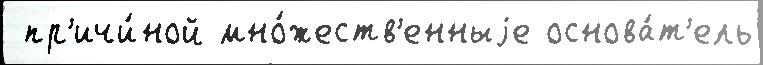
 пр'ичи́ной мно́жеств'енныjе основа́т'ель